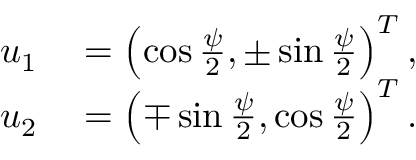
\begin{array} { r l } { u _ { 1 } } & { { } = \left( \cos \frac { \psi } { 2 } , \pm \sin \frac { \psi } { 2 } \right) ^ { T } , } \\ { u _ { 2 } } & { { } = \left( \mp \sin \frac { \psi } { 2 } , \cos \frac { \psi } { 2 } \right) ^ { T } . } \end{array}